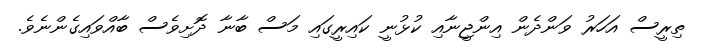
ތިރީސް އަހަރު ވަންދެން އިންޖީނާއި ކުޅުނީ ކައިރީގައި މަސް ބާނާ ދޮށިވެސް ބާއްވައިގެންނެވެ.